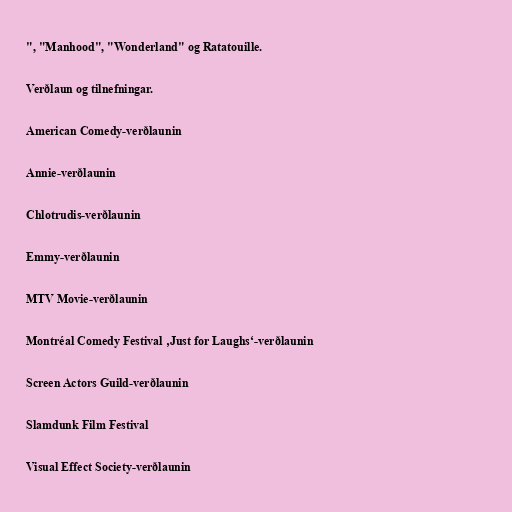
", "Manhood", "Wonderland" og Ratatouille.

Verðlaun og tilnefningar.

American Comedy-verðlaunin

Annie-verðlaunin

Chlotrudis-verðlaunin

Emmy-verðlaunin

MTV Movie-verðlaunin

Montréal Comedy Festival ‚Just for Laughs‘-verðlaunin

Screen Actors Guild-verðlaunin

Slamdunk Film Festival

Visual Effect Society-verðlaunin